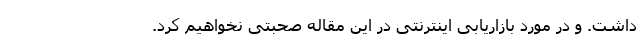
داشت. و در مورد بازاریابی اینترنتی در این مقاله صحبتی نخواهیم کرد.